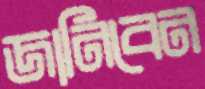
জানিবেন